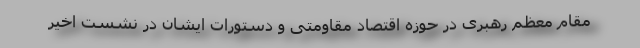
مقام معظم رهبری در حوزه اقتصاد مقاومتی و دستورات ایشان در نشست اخیر